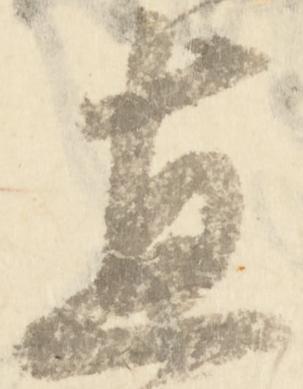
直